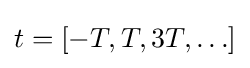
t=[-T,T,3T,\ldots ]